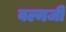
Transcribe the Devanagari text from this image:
वल्मजी